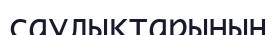
саулықтарының